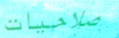
صلاحيات